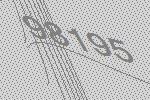
98195